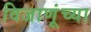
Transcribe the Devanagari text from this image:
विजाणूंच्या